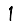
Digit: 1